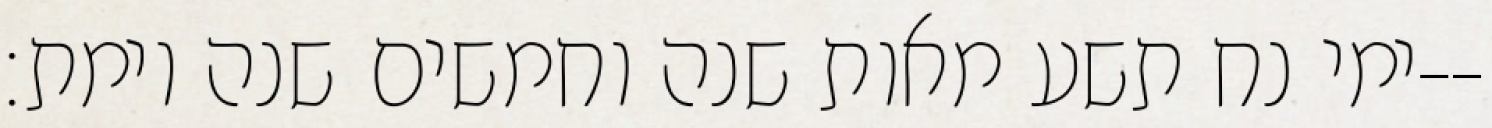
ימי נח תשע מאות שנה וחמשים שנה וימת׃--